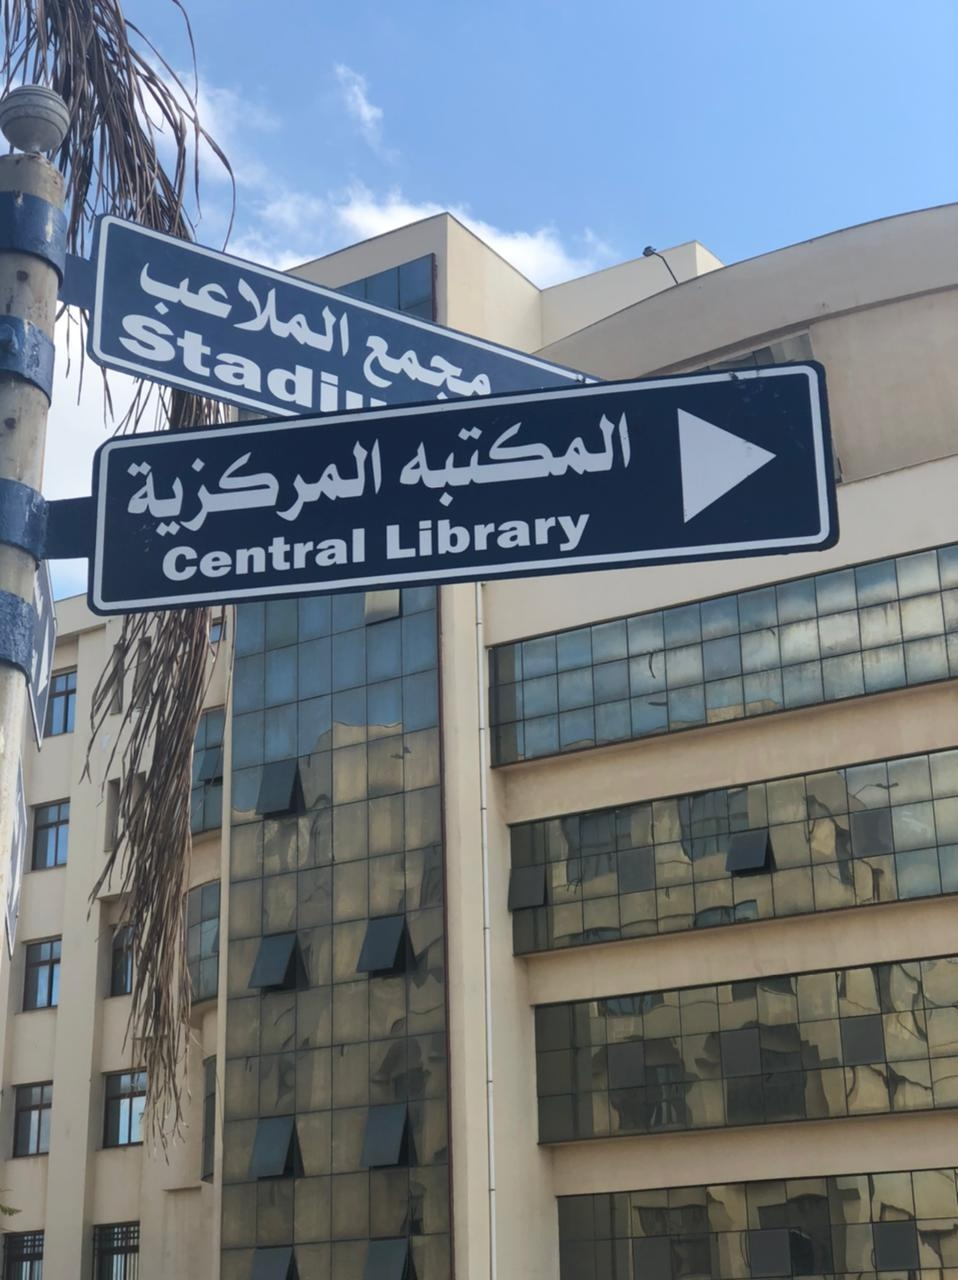
Text in image: الملاعب مجمع المكتبه المركزية Stadi Library Central